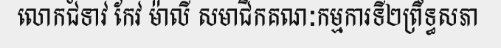
លោកជំទាវ កែវ ម៉ាលី សមាជិកគណៈកម្មការទី២ព្រឹទ្ធសភា